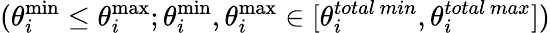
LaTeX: (\theta_{i}^{\operatorname*{min}}\leq\theta_{i}^{\operatorname*{max}};\theta_{i}^{\operatorname*{min}},\theta_{i}^{\operatorname*{max}}\in[\theta_{i}^{total\ min},\theta_{i}^{total\ max}])